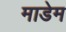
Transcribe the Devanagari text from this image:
माडेम